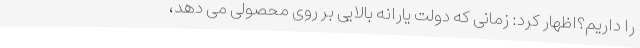
را داریم؟اظهار کرد: زمانی که دولت یارانه بالایی بر روی محصولی می دهد،